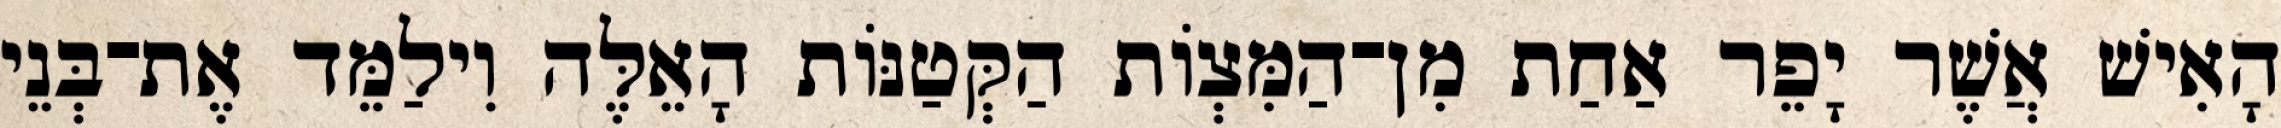
הָאִישׁ אֲשֶׁר יָפֵר אַחַת מִן־הַמִּצְוֹת הַקְּטַנּוֹת הָאֵלֶּה וִילַמֵּד אֶת־בְּנֵי